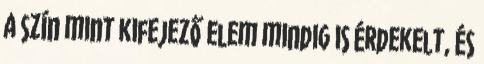
a szín mint kifejező elem mindig is érdekelt, és